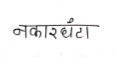
मजकूर: नकारघंटा